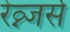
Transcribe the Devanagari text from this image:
रेव्न्जर्स